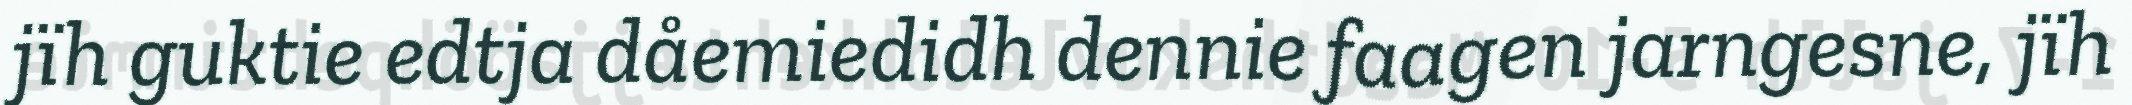
jïh guktie edtja dåemiedidh dennie faagen jarngesne, jïh